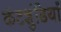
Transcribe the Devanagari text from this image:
कंटशुंडियाँ